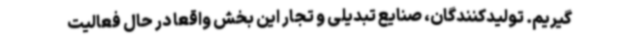
گیریم. تولیدکنندگان، صنایع تبدیلی و تجار این بخش واقعا در حال فعالیت